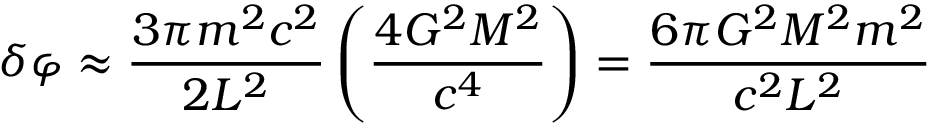
\delta \varphi \approx { \frac { 3 \pi m ^ { 2 } c ^ { 2 } } { 2 L ^ { 2 } } } \left( { \frac { 4 G ^ { 2 } M ^ { 2 } } { c ^ { 4 } } } \right) = { \frac { 6 \pi G ^ { 2 } M ^ { 2 } m ^ { 2 } } { c ^ { 2 } L ^ { 2 } } }